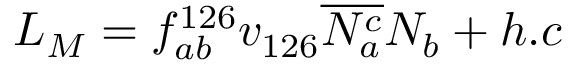
{ \cal L } _ { M } = f _ { a b } ^ { 1 2 6 } v _ { 1 2 6 } \overline { { { N _ { a } ^ { c } } } } N _ { b } + h . c